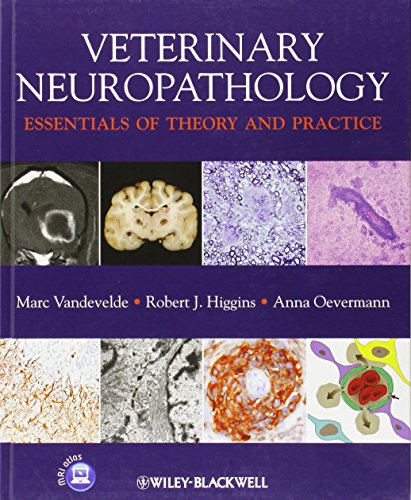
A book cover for Veterinary Neuropathology: Essentials of Theory and Practice; Marc Vandevelde; Medical Books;